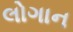
લોગાન